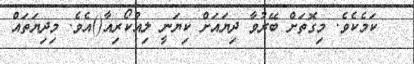
ކަމެކެވެ. މިގޮތަށް ބޭރުވާ ދިޔައަށް ކިޔަނީ ލިއުކޯރިއާ()އެވެ. މިދިޔަތައް